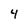
Character: 4